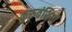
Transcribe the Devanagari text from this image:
कुरुवंशियों